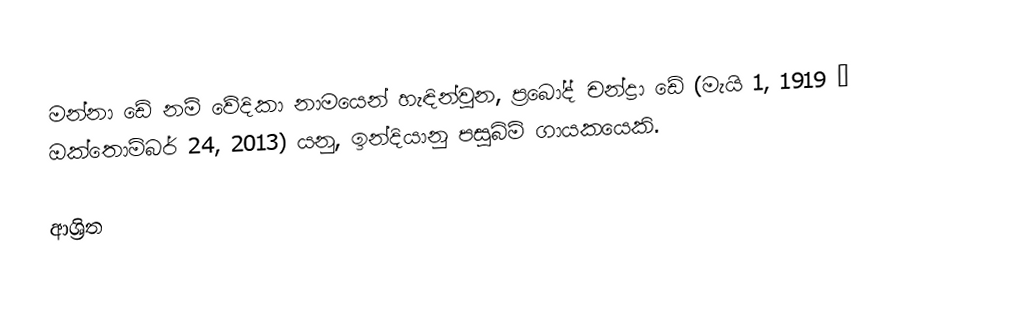
මන්නා ඩේ නම් වේදිකා නාමයෙන් හැඳින්වුන, ප්‍රබෝද් චන්ද්‍රා ඩේ (මැයි 1, 1919 – ඔක්තොම්බර් 24, 2013) යනු, ඉන්දියානු  පසුබිම් ගායකයෙකි.

ආශ්‍රිත